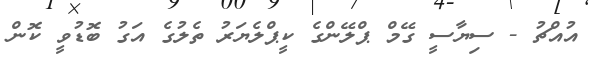
އުއްޗު - ސިޔާސީ ގޭމް ޕްލޭންގެ ކީޕްލެޔަރު ތެލުގެ އަގު ބޮޑުވީ ކޮން